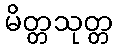
မိတ္တသုတ္တ